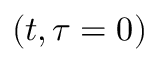
( t , \tau = 0 )